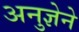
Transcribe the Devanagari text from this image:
अनुज्ञेने